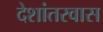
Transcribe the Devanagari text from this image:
देशांतरवास